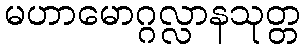
မဟာမောဂ္ဂလ္လာနသုတ္တ